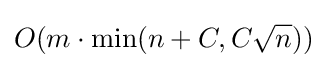
O(m\cdot \min(n+C,C{\sqrt {n}}))